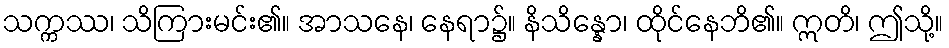
သက္ကဿ၊ သိကြားမင်း၏။ အာသနေ၊ နေရာ၌။ နိသိန္နော၊ ထိုင်နေဘိ၏။ ဣတိ၊ ဤသို့။